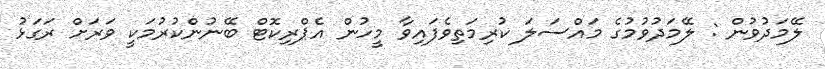
ލޭމަދުވުން : ލޭމަދުވުމުގެ މައްސަލަ ކުރިމަތިވެފައިވާ މީހުން އެޕްރިކޮޓް ބޭނުންކުރުމަކީ ވަރަށް ރަގަޅު